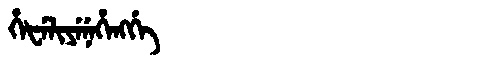
Manchu: ᡥᡝᡶᡝᠯᡳᠶᡝᠨᡝᡥᡝᠩᡤᡝ
Romanization: HEFELIYENEHENGGE